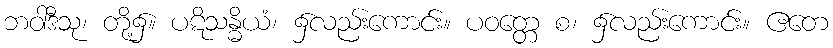
ဘဝါဒီသု၊ တို့၌။ ပဋိသန္ဓိယံ၊ ၌လည်းကောင်း။ ပဝတ္တေ စ၊ ၌လည်းကောင်း။ ဧတေ